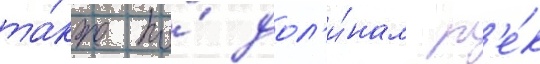
та́кже по́ дол'и́нам р'е́к